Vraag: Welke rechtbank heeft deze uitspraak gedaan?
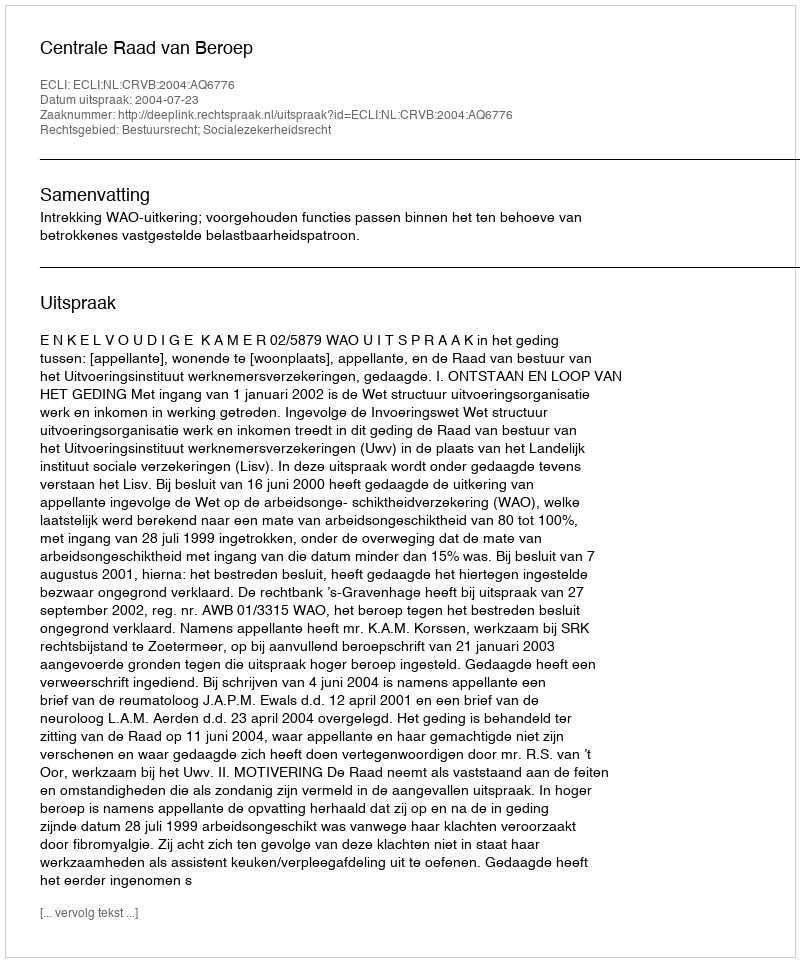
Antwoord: Centrale Raad van Beroep